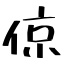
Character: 倞